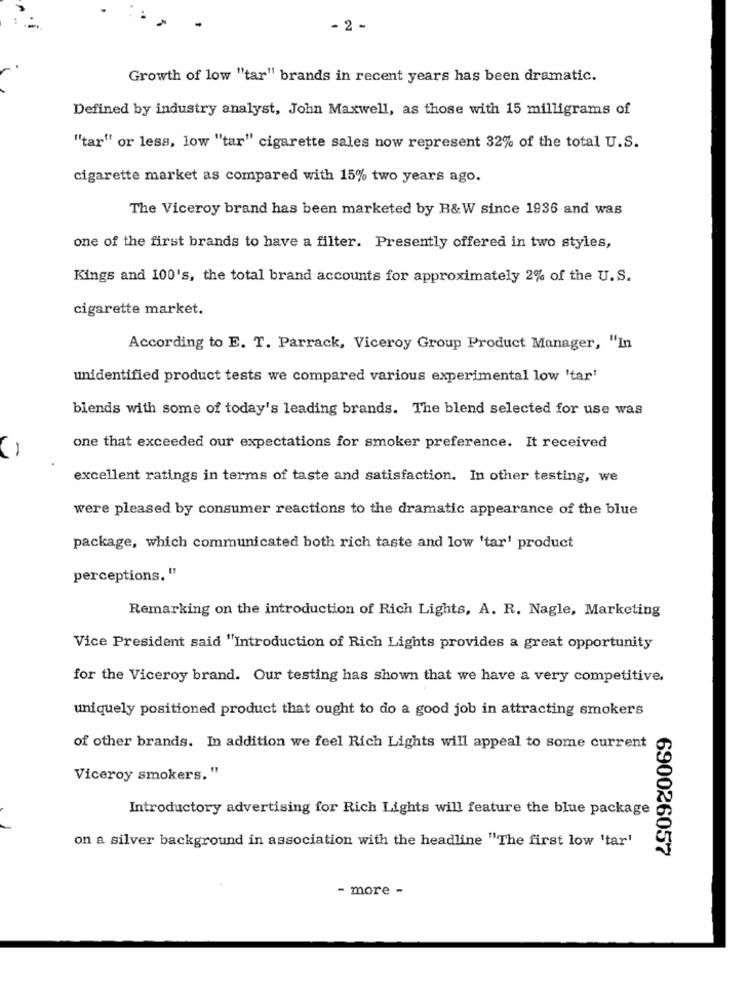
- 2 -
Growth of low "tar" brands in recent years has been dramatic.
Defined by industry analyst, John Maxwell, as those with 15 milligrams of
"tar" or less, low "tar" cigarette sales now represent 32% of the total U.S.
cigarette market as compared with 15% two years ago.
The Viceroy brand has been marketed by B&W since 1936 and was
one of the first brands to have a filter. Presently offered in two styles,
Kings and 100's, the total brand accounts for approximately 2% of the U.S.
cigarette market.
According to E. T. Parrack, Viceroy Group Product Manager, "In
unidentified product tests we compared various experimental low 'tar'
blends with some of today's leading brands. The blend selected for use was
-
one that exceeded our expectations for smoker preference. It received
excellent ratings in terms of taste and satisfaction. In other testing, we
were pleased by consumer reactions to the dramatic appearance of the blue
package, which communicated both rich taste and low 'tar' product
perceptions. "
Remarking on the introduction of Rich Lights, A. R. Nagle, Marketing
Vice President said "Introduction of Rich Lights provides a great opportunity
for the Viceroy brand. Our testing has shown that we have a very competitive.
uniquely positioned product that ought to do a good job in attracting smokers
of other brands. In addition we feel Rich Lights will appeal to some current
Viceroy smokers."
Introductory advertising for Rich Lights will feature the blue package
on a silver background in association with the headline "The first low 'tar'
690026057
- more -